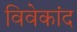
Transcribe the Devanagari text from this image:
विवेकांद